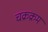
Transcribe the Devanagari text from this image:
चक्रक्रम